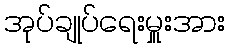
အုပ်ချုပ်ရေးမှူးအား